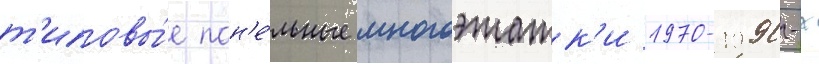
т'иповы́е пан'е́льные многоэтажк'и 1970-1990-х